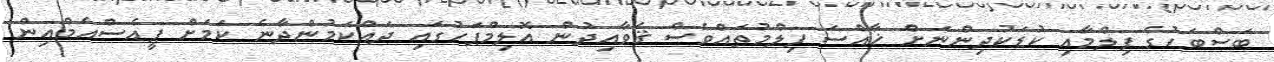
ބަސްބަހުގެ ފިލްމާއި ކުޑަކުދިންނަށް ޚާއްސަ ފިލްމުތައްވެސް ޤަވާއިދުން އޮލިމްޕަހުގައި ދައްކަމުންދާނެ ކަމަށް ޕީއެސްއެމްއިން